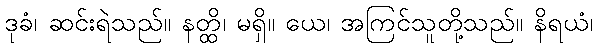
ဒုခံ၊ ဆင်းရဲသည်။ နတ္ထိ၊ မရှိ။ ယေ၊ အကြင်သူတို့သည်။ နိရယံ၊